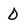
Character: D